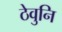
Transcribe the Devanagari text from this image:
ठेवुनि